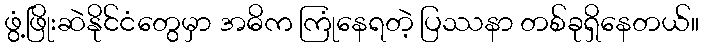
ဖွံ့ဖြိုးဆဲနိုင်ငံတွေမှာ အဓိက ကြုံနေရတဲ့ ပြဿနာ တစ်ခုရှိနေတယ်။